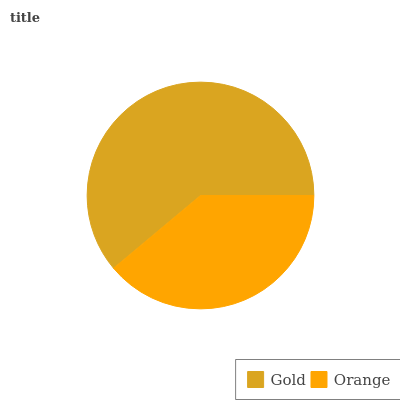
| Gold | Orange |
 | --- | --- |
 | 61.1% | 38.9% |